Vaccination United Provinces of Agra and Oudh 1914-1922 - 1914-1922
Year: 1914
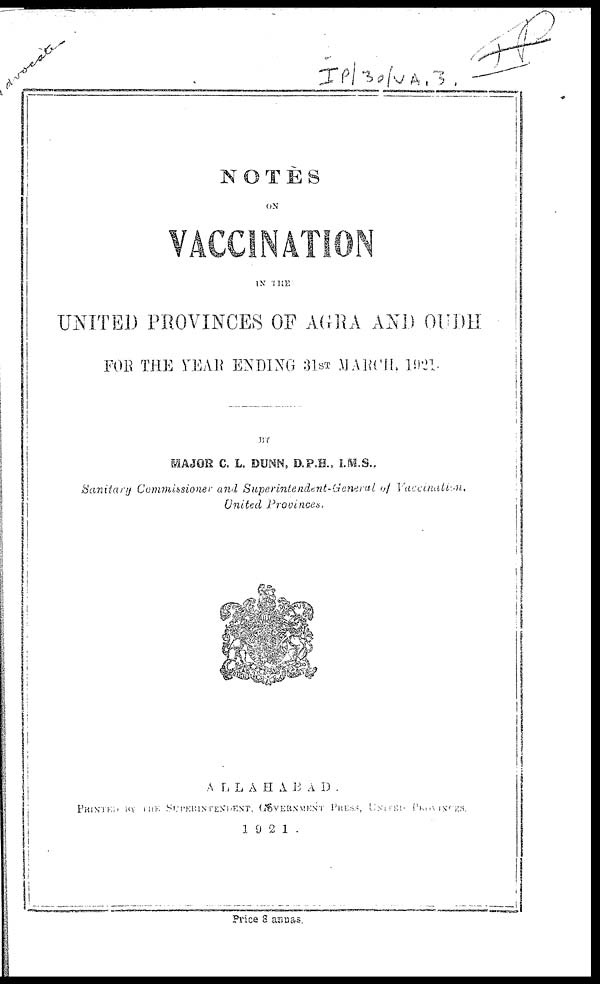
NOTES
ON
VACCINATION
IN THE
UNITED PROVINCES OF AGRA AND OUDH
FOR THE YEAR ENDING 31ST MARCH. 1921.
BY
MAJOR C. L. DUNN, D.P.H., I.M.S.,
Sanitary Commissioner and Superintendent-General of Vaccination,
United Provinces.
ALLAHABAD .
PRINTED
BY THE SUPERINTENDENT, GOVERNMENT
PRESS, UNITED
PROVINCES.
1921.
Price 8 annas.